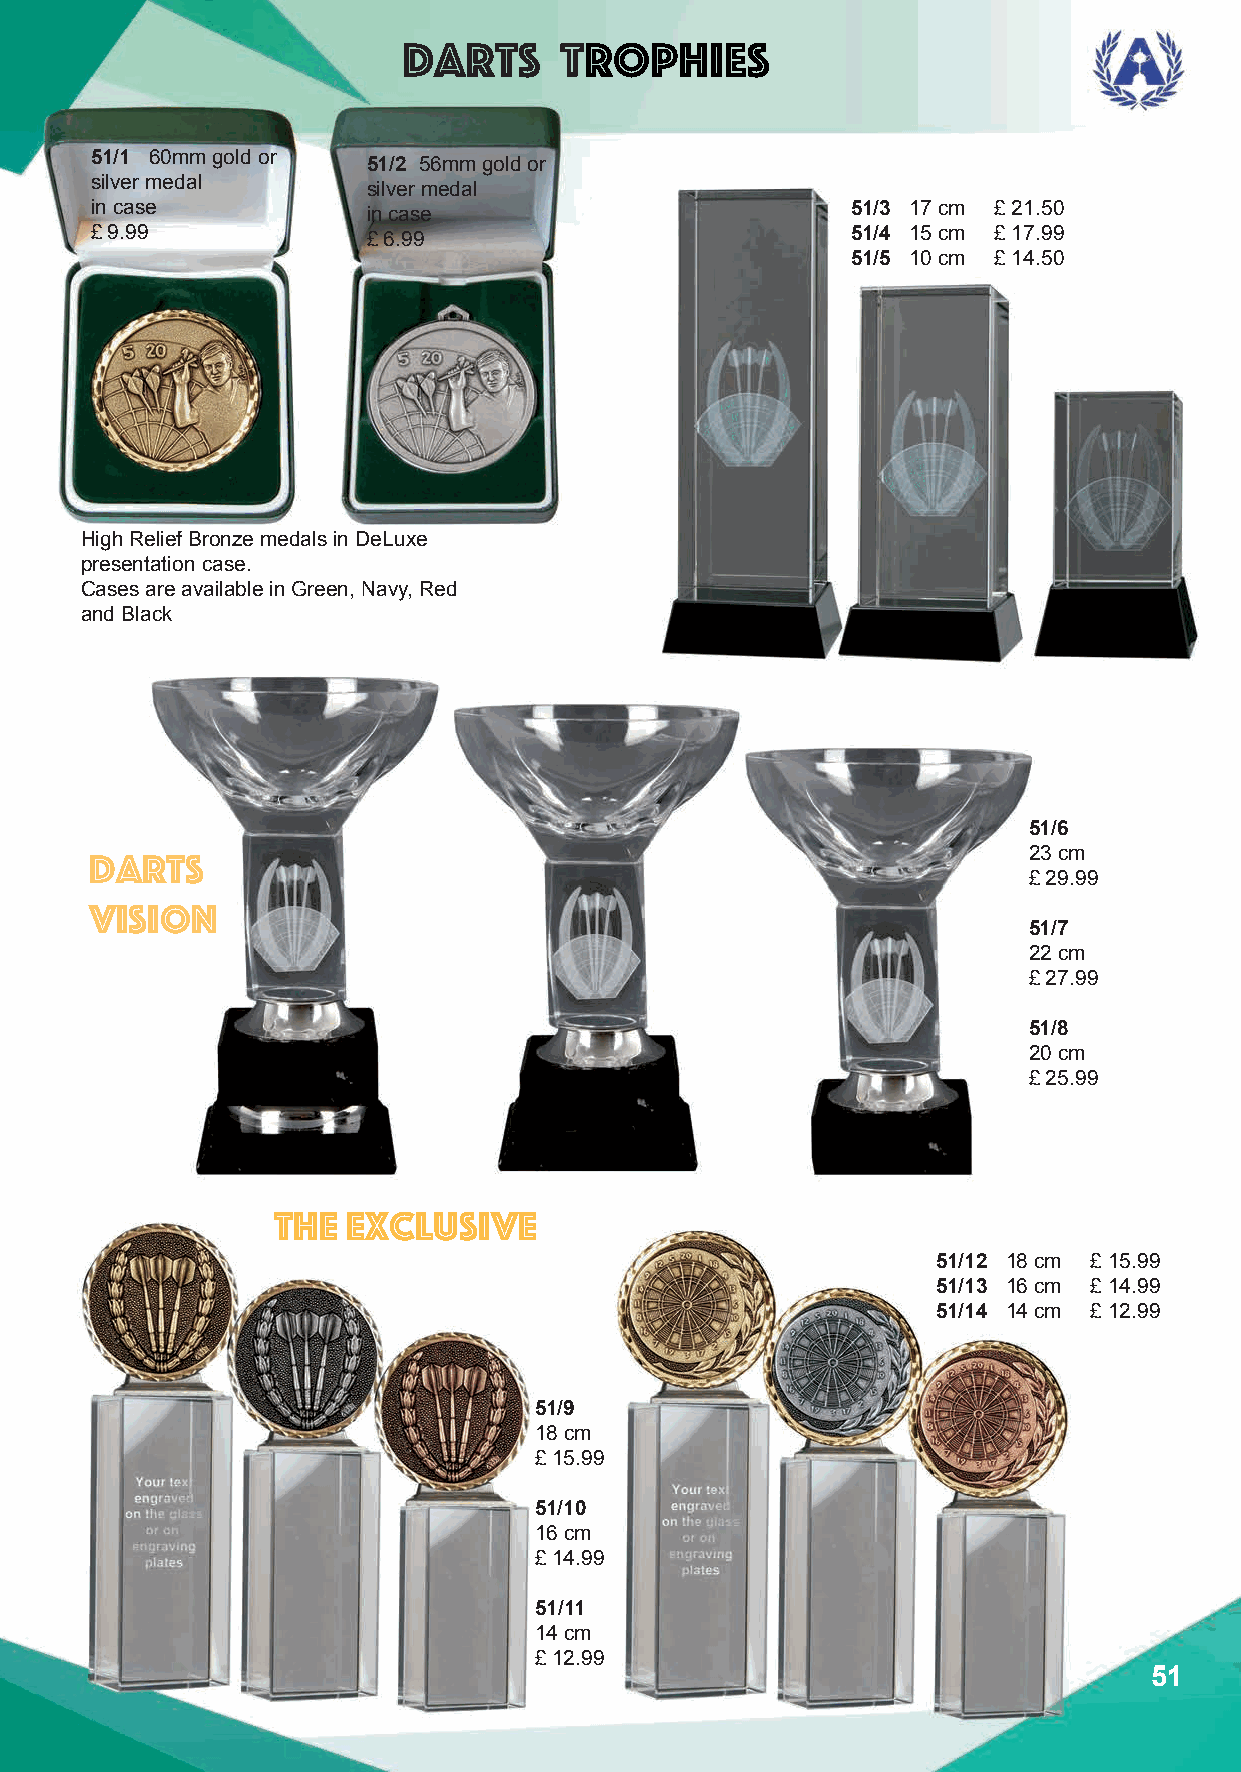
Darts     Trophies
 51/1 60mm gold or 51/2 56mm gold or
 silver medal
 silver medal
 in case           in case                         51/3 17 cm £ 21.50
 £ 9.99            £ 6.99                          51/4 15 cm £ 17.99
 51/5 10 cm £ 14.50
 High Relief Bronze medals in DeLuxe
 presentation case.
 Cases are available in Green, Navy, Red
 and Black
 51/6
 23 cm
 Darts
 £ 29.99
 vision
 51/7
 22 cm
 £ 27.99
 51/8
 20 cm
 £ 25.99
 The  Exclusive
 51/12 18 cm £ 15.99
 51/13 16 cm £ 14.99
 51/14 14 cm £ 12.99
 51/9
 18 cm
 £ 15.99
 51/10
 16 cm
 £ 14.99
 51/11
 14 cm
 £ 12.99
 51